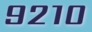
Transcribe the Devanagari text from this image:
९२१०